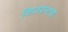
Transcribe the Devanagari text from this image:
विपश्यनाचा